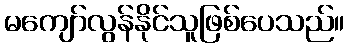
မကျော်လွန်နိုင်သူဖြစ်ပေသည်။